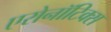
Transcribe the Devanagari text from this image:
एरोनॉटिक्‍स